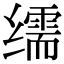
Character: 𦈡